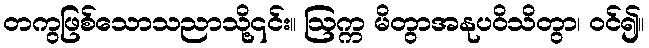
တကွဖြစ်သောသညာသို့၎င်း။ ဩက္က မိတွာအနုပဝိသိတွာ၊ ဝင်၍။